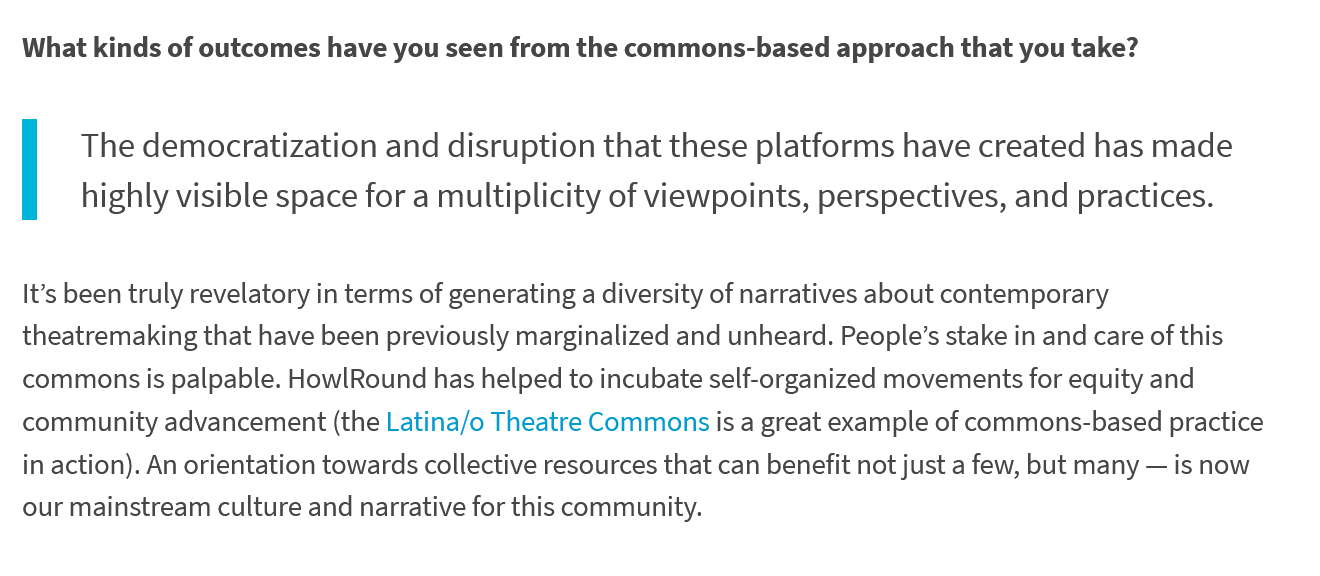
What kinds of outcomes have you seen from the commons-based approach that you take?
     The  democratization  and  disruption that these platforms have  created has made
     highly visible space for a multiplicity of viewpoints, perspectives, and practices.
  It’s been truly revelatory in terms of generating a diversity of narratives about contemporary
  theatremaking that have been previously marginalized and unheard. People’s stake in and care of this
  commons is palpable. HowlRound has helped to incubate self-organized movements for equity and
  community advancement (the Latina/o Theatre Commons is a great example of commons-based practice
  in action). An orientation towards collective resources that can benefit not just a few, but many
     —
     is now
  our mainstream culture and narrative for this community.